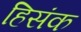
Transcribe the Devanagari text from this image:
हिसंक